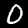
Digit: 0